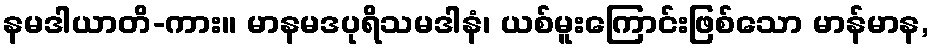
နမဒါယာတိ-ကား။ မာနမဒပုရိသမဒါနံ၊ ယစ်မူးကြောင်းဖြစ်သော မာန်မာန,